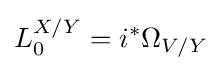
L_{0}^{X/Y}=i^{*}\Omega _{V/Y}